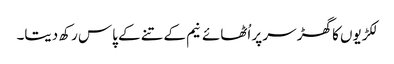
لکڑیوں کا گھڑ سر پر اُٹھائے نیم کے تنے کے پاس رکھ دیتا۔